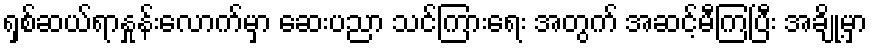
ရှစ်ဆယ်ရာနှုန်းလောက်မှာ ဆေးပညာ သင်ကြားရေး အတွက် အဆင့်မီကြပြီး အချို့မှာ